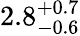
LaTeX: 2.8_{-0.6}^{+0.7}